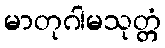
မာတုဂါမသုတ္တံ